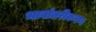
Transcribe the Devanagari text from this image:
भावांतरीकरण